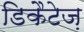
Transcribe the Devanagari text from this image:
डिकैटेज़